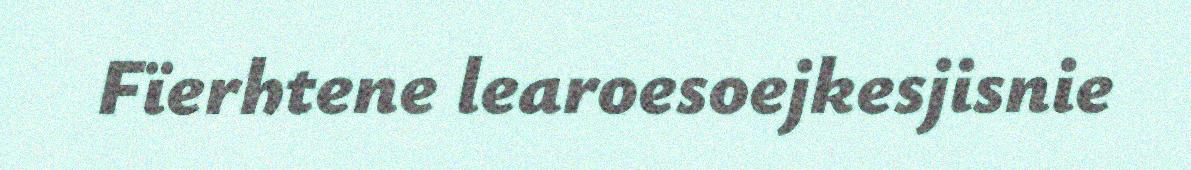
Fïerhtene learoesoejkesjisnie